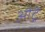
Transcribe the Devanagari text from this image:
औट्रे